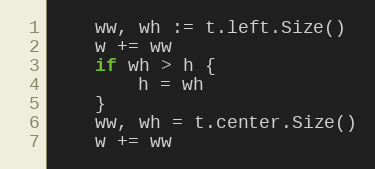
Language: Go
	ww, wh := t.left.Size()
	w += ww
	if wh > h {
		h = wh
	}
	ww, wh = t.center.Size()
	w += ww